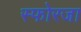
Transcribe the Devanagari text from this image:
स्फोरजा